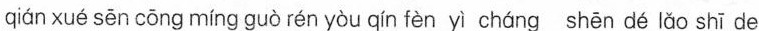
qiánx üé sǎn cǒngming guo rén γòu qin fèn yí cháng shēn ce lǔo shī de